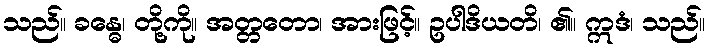
သည်။ ခန္ဓေ၊ တို့ကို။ အတ္တတော၊ အားဖြင့်။ ဥပါဒိယတိ၊ ၏။ ဣဒံ၊ သည်။